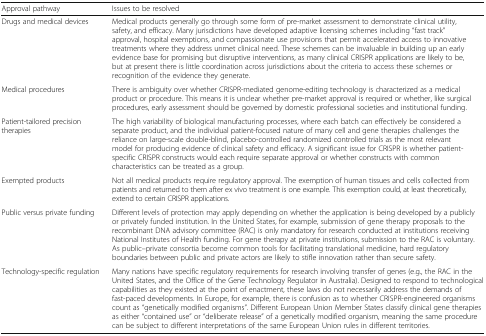
<table><thead><tr><td><b>Approval pathway</b></td><td><b>Issues to be resolved</b></td></tr></thead><tbody><tr><td>Drugs and medical devices</td><td>Medical products generally go through some form of pre-market assessment to demonstrate clinical utility, safety, and efficacy. Many jurisdictions have developed adaptive licensing schemes including “fast track” approval, hospital exemptions, and compassionate use provisions that permit accelerated access to innovative treatments where they address unmet clinical need. These schemes can be invaluable in building up an early evidence base for promising but disruptive interventions, as many clinical CRISPR applications are likely to be, but at present there is little coordination across jurisdictions about the criteria to access these schemes or recognition of the evidence they generate.</td></tr><tr><td>Medical procedures</td><td>There is ambiguity over whether CRISPR-mediated genome-editing technology is characterized as a medical product or procedure. This means it is unclear whether pre-market approval is required or whether, like surgical procedures, early assessment should be governed by domestic professional societies and institutional funding.</td></tr><tr><td>Patient-tailored precision therapies</td><td>The high variability of biological manufacturing processes, where each batch can effectively be considered a separate product, and the individual patient-focused nature of many cell and gene therapies challenges the reliance on large-scale double-blind, placebo-controlled randomized controlled trials as the most relevant model for producing evidence of clinical safety and efficacy. A significant issue for CRISPR is whether patient-specific CRISPR constructs would each require separate approval or whether constructs with common characteristics can be treated as a group.</td></tr><tr><td>Exempted products</td><td>Not all medical products require regulatory approval. The exemption of human tissues and cells collected from patients and returned to them after ex vivo treatment is one example. This exemption could, at least theoretically, extend to certain CRISPR applications.</td></tr><tr><td>Public versus private funding</td><td>Different levels of protection may apply depending on whether the application is being developed by a publicly or privately funded institution. In the United States, for example, submission of gene therapy proposals to the recombinant DNA advisory committee (RAC) is only mandatory for research conducted at institutions receiving National Institutes of Health funding. For gene therapy at private institutions, submission to the RAC is voluntary. As public–private consortia become common tools for facilitating translational medicine, hard regulatory boundaries between public and private actors are likely to stifle innovation rather than secure safety.</td></tr><tr><td>Technology-specific regulation</td><td>Many nations have specific regulatory requirements for research involving transfer of genes (e.g., the RAC in the United States, and the Office of the Gene Technology Regulator in Australia). Designed to respond to technological capabilities as they existed at the point of enactment, these laws do not necessarily address the demands of fast-paced developments. In Europe, for example, there is confusion as to whether CRISPR-engineered organisms count as “genetically modified organisms”. Different European Union Member States classify clinical gene therapies as either “contained use” or “deliberate release” of a genetically modified organism, meaning the same procedure can be subject to different interpretations of the same European Union rules in different territories.</td></tr></tbody></table>